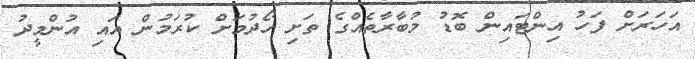
އަހަރަށް ފަހު އިންޓައިން ބޮޑު މުބާރާތެއްގެ ތަށި ހޯދުމަށް ކުރަމުން އައި އުންމީދު